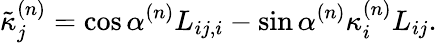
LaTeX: \tilde{\kappa}_{j}^{(n)}=\cos\alpha^{(n)}L_{ij,i}-\sin\alpha^{(n)}\kappa_{i}^{(n)}L_{ij}.